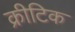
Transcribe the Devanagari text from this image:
क्रीटिक